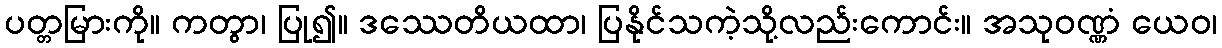
ပတ္တမြားကို။ ကတွာ၊ ပြု၍။ ဒဿေတိယထာ၊ ပြနိုင်သကဲ့သို့လည်းကောင်း။ အသုဝဏ္ဏံ ယေဝ၊